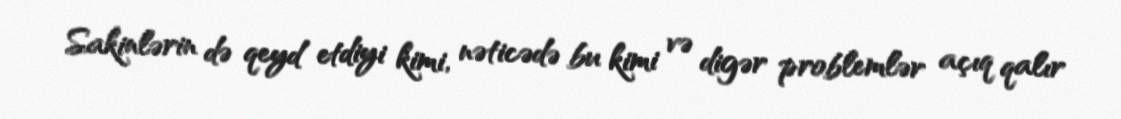
Sakinlərin də qeyd etdiyi kimi, nəticədə bu kimi və digər problemlər açıq qalır